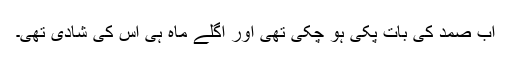
اب صمد کی بات پکی ہو چکی تھی اور اگلے ماہ ہی اس کی شادی تھی۔